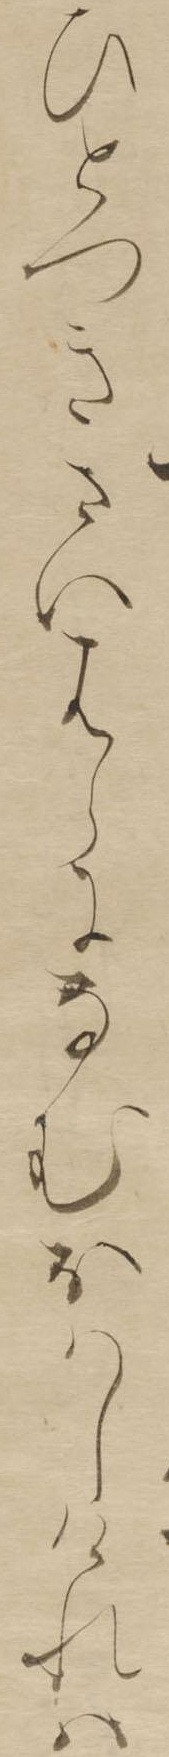
ひとつきさいはらになむおはしけれは